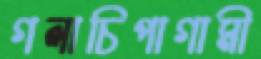
গলাচিপাগামী